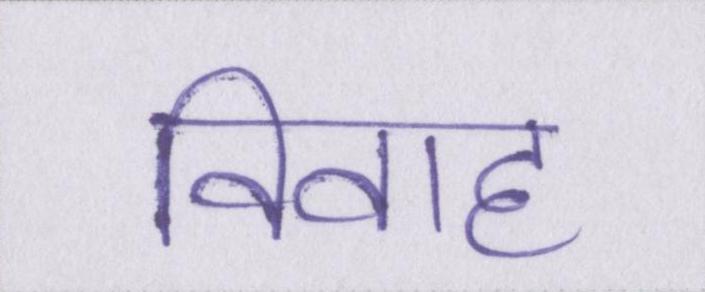
विवाह